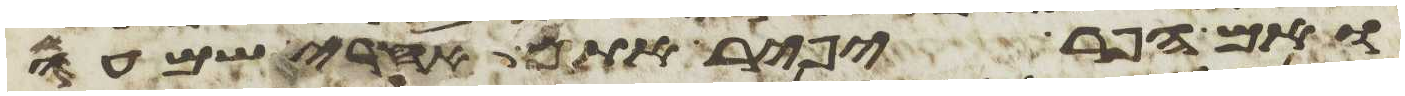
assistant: ואם הפר יפיר אתם אחרי שמעו